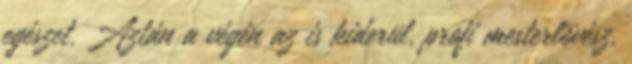
egészet. Aztán a végén az is kiderül, profi mesterlövész,